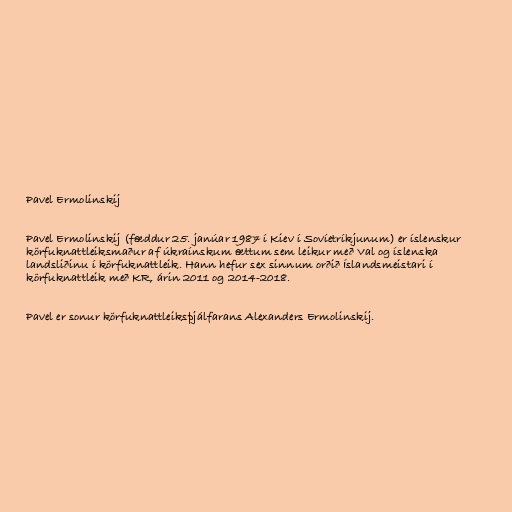
Pavel Ermolinskij

Pavel Ermolinskij (fæddur 25. janúar 1987 í Kiev í Sovíetríkjunum) er íslenskur
körfuknattleiksmaður af úkraínskum ættum sem leikur með Val og íslenska
landsliðinu í körfuknattleik. Hann hefur sex sinnum orðið Íslandsmeistari í
körfuknattleik með KR, árin 2011 og 2014-2018.

Pavel er sonur körfuknattleiksþjálfarans Alexanders Ermolinskij.